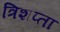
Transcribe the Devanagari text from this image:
त्रिशप्ता